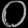
Digit: ၀